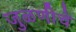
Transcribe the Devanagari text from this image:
जुळणीचे